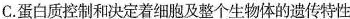
C.蛋白质控制和决定着细胞及整个生物体的遗传特性